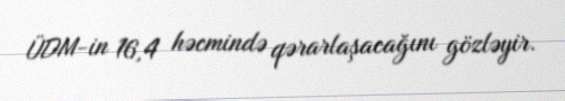
ÜDM-in 16,4 həcmində qərarlaşacağını gözləyir.